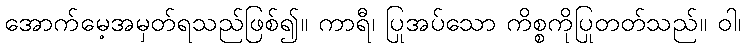
အောက်မေ့အမှတ်ရသည်ဖြစ်၍။ ကာရီ၊ ပြုအပ်သော ကိစ္စကိုပြုတတ်သည်။ ဝါ၊